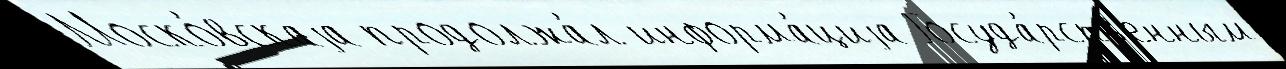
Моско́вскаjа продолжа́л информа́циjа Госуда́рств'енным